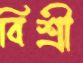
বিশ্রী